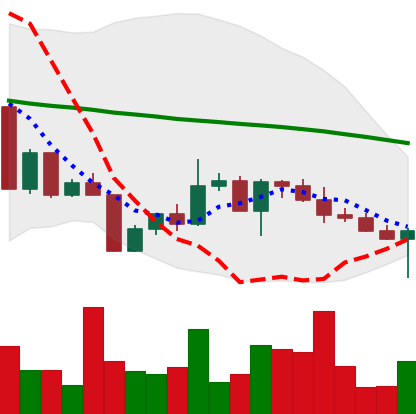
Ticker: XLM-USD
Chart end date: 2022-04-25
Forward return: -11.879%
Label: down_7plus